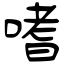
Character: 嗜